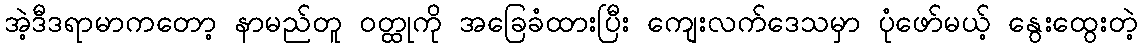
အဲ့ဒီဒရာမာကတော့ နာမည်တူ ဝတ္ထုကို အခြေခံထားပြီး ကျေးလက်ဒေသမှာ ပုံဖော်မယ့် နွေးထွေးတဲ့